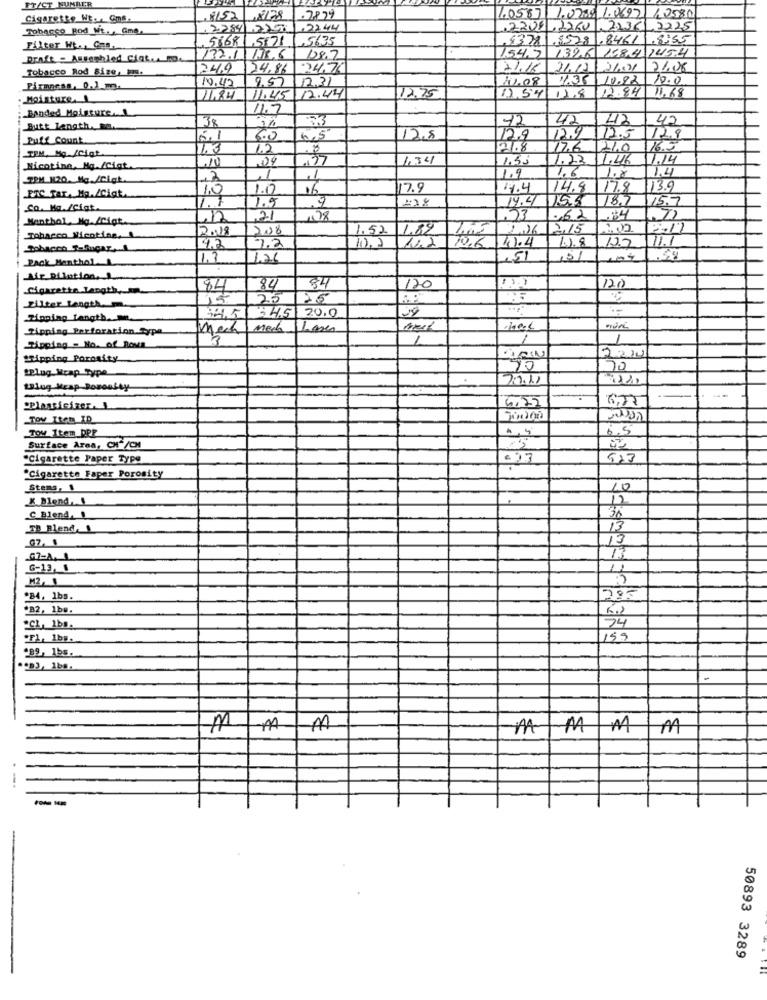
FT/CT NUMILER
.0587 1.0200 1.0697
A 2580
Cigarette Wt ... Gms.
.7879
Tobacco Bod Wt. , Gma,
72841777
.2244
.2209.2260 22361 2225
58681,5121
1.5635
$378 .5528 .8461 1.8:55
Filter Ht .. Co.
132.6
158.4 1454
Draft - Assembled Ciat ...
132.1
128.7
1.54.7
Tobacco Rod Size, ms.
249
124.86
24.76
21.18
21.12
36.01
21.08
10.42
9.57
12.31
11.08
1.36
10.92
10.0
Firmacss, 0.1.m.
12.84
13,68
Moisture. 1
11.84
11.45
12.44
12.75
12.54
11.8
; Banded Moisture.
11.7
42
42
Butt length. a.
38
3%
42
Putt Count
6.0
6.5
12.8
12.9
12.9
12.5
12.8
TEM, Mg /Ciat
2.3
1.2
8
2.8
17.6
210
10
04
1.34
1.53
1.23
1.46
14
Nicotina, Mg./Cigt
1.9
1.6
1.4
TPM 120. Mg./Cigt
,2
1
1.8
1.0
1.17
06
7.9
14.4
14.8
17.8
13.9
ETC far. Ma./Ciat.
1.1
228
14.4
18.7
15.7
So. Ma./Ciat.
1.5
15.8
Menthol, Mg. /Cigt.
12
21
,23
.62
:4
12.18
208
1.52
1.82
2.26
2.15
Tobacco Nicotine.
1.2
12.2
11.7
4.2
7.2
10.2
10.6
4.4
10.8
Pack Menthal
1,3
121
51
Afe Dilution. ....
Cigarette Langth,
84
84
84
120
120
25
25
Filter Length
34,5 34.5 20.0
Tipping Length ..
Tipping Perforation Type
mech
1
1
Ripping = No. of Rova
2010
"Tipping Porosity
tPlug_Mrap_Type
90
70
27.11
Lslug Heap Posoally
"Plasticizer. ]
TOV Item_ID
Tow Item_ DPP
6.5
Surface Area, CH+/CH
"Cigarette Paper Type
"Cigarette Faper Porosity
Stems, 1
10
X Blend-
12
C Blend ,!
30
TD Blend, 1
13
07, 1
13
13
G-13, 1
11
M2- 1
284, 1bs.
285
*B2, 1b#.
"CL __ 1bs.
74
55
.99, 1bs.
.on3, 1ba.
-
-M
MMMM
50893 3289